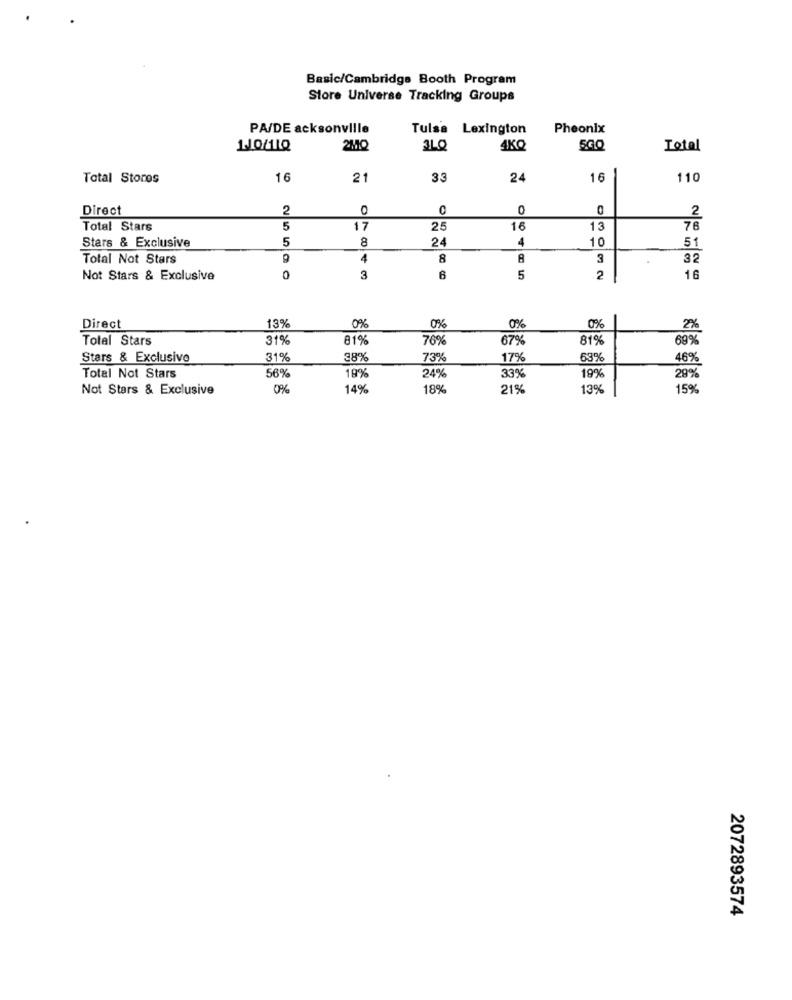
Basic/Cambridge Booth Program
Store Universe Tracking Groups
PA/DE acksonville
Tulsa Lexington
Pheonix
110/11Q
2MQ
3LO
4KQ
5GQ
Total
Total Stores
16
21
33
24
16
110
Direct
2
0
0
2
Total Stars
5
17
25
16
13
76
5
8
24
4
10
Stars & Exclusive
51
Total Not Stars
9
4
8
8
3
32
Not Stars & Exclusive
0
3
6
5
2
16
0%
Direct
13%
0%
0%
0%
2%
Total Stars
31%
81%
76%
67%
81%
69%
Stars & Exclusivo
31%
38%
73%
17%
63%
46%
28%
Total Not Stars
569
19%
24%
33%
19%
Not Stars & Exclusive
0%
14%
18%
21%
13%
15%%
2072893574